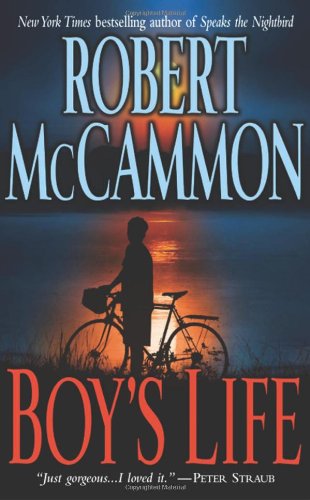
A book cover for Boy's Life; Robert McCammon; Literature & Fiction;